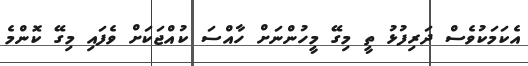
އެކަމަކުވެސް ދަރިފުޅު ތީ މިގޭ މީހުންނަށް ހާއްސަ ކުއްޖަކަށް ވެފައި މިގޭ ކޮންމެ